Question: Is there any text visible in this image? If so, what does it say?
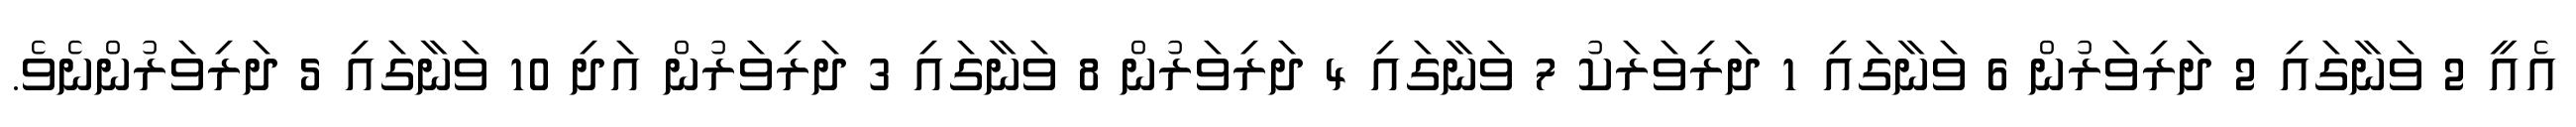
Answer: އެއީ 2 ވަނާގައި 2 ދަރިވަރުން 6 ވަނާގައި 1 ދަރިވަރަކު 7 ވަނާގައި 4 ދަރިވަރުން 8 ވަނާގައި 3 ދަރިވަރުން އަދި 10 ވަނާގައި 5 ދަރިވަރުންނެވެ.